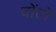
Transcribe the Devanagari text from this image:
वोंटो